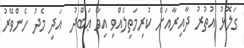
ގަލޮޅު އުތުރު ދާއިރާއަށް ކުރިމަތިލެއްވި އިވާ ޢަބްދު  އަދި މެދު ހެންވޭރު